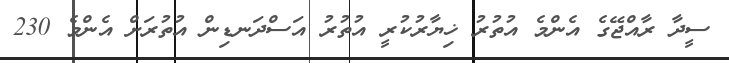
ސީދާ ރާއްޖޭގެ އެންމެ އުތުރު ޚިޔާރުކުރީ އުތުރު އަސްދަނޑިން އުތުރަށް އެންމެ 230